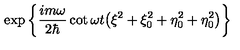
\exp \left\{ \frac { i m \omega } { 2 \hbar } \cot \omega t \bigl ( \xi ^ { 2 } + \xi _ { 0 } ^ { 2 } + \eta _ { 0 } ^ { 2 } + \eta _ { 0 } ^ { 2 } \bigr ) \right\}